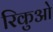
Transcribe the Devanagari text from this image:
रिकुओ